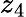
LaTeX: z_{4}